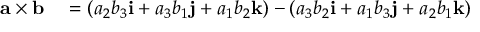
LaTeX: \begin{array} { r l } { \mathbf { a \times b } } & { { } = ( a _ { 2 } b _ { 3 } \mathbf { i } + a _ { 3 } b _ { 1 } \mathbf { j } + a _ { 1 } b _ { 2 } \mathbf { k } ) - ( a _ { 3 } b _ { 2 } \mathbf { i } + a _ { 1 } b _ { 3 } \mathbf { j } + a _ { 2 } b _ { 1 } \mathbf { k } ) } \end{array}